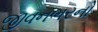
જીવનભરનો